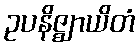
ဥပနိဇ္ဈာယိတံ